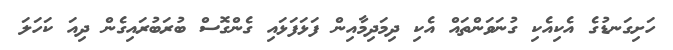
ހަށިގަނޑުގެ އެކިއެކި ގުނަވަންތައް އެކި ދިމަދިމާއިން ފަޅަފަޅައި ގެންގޮސް ބުރަބުރައިގެން ދިއަ ކަހަލަ